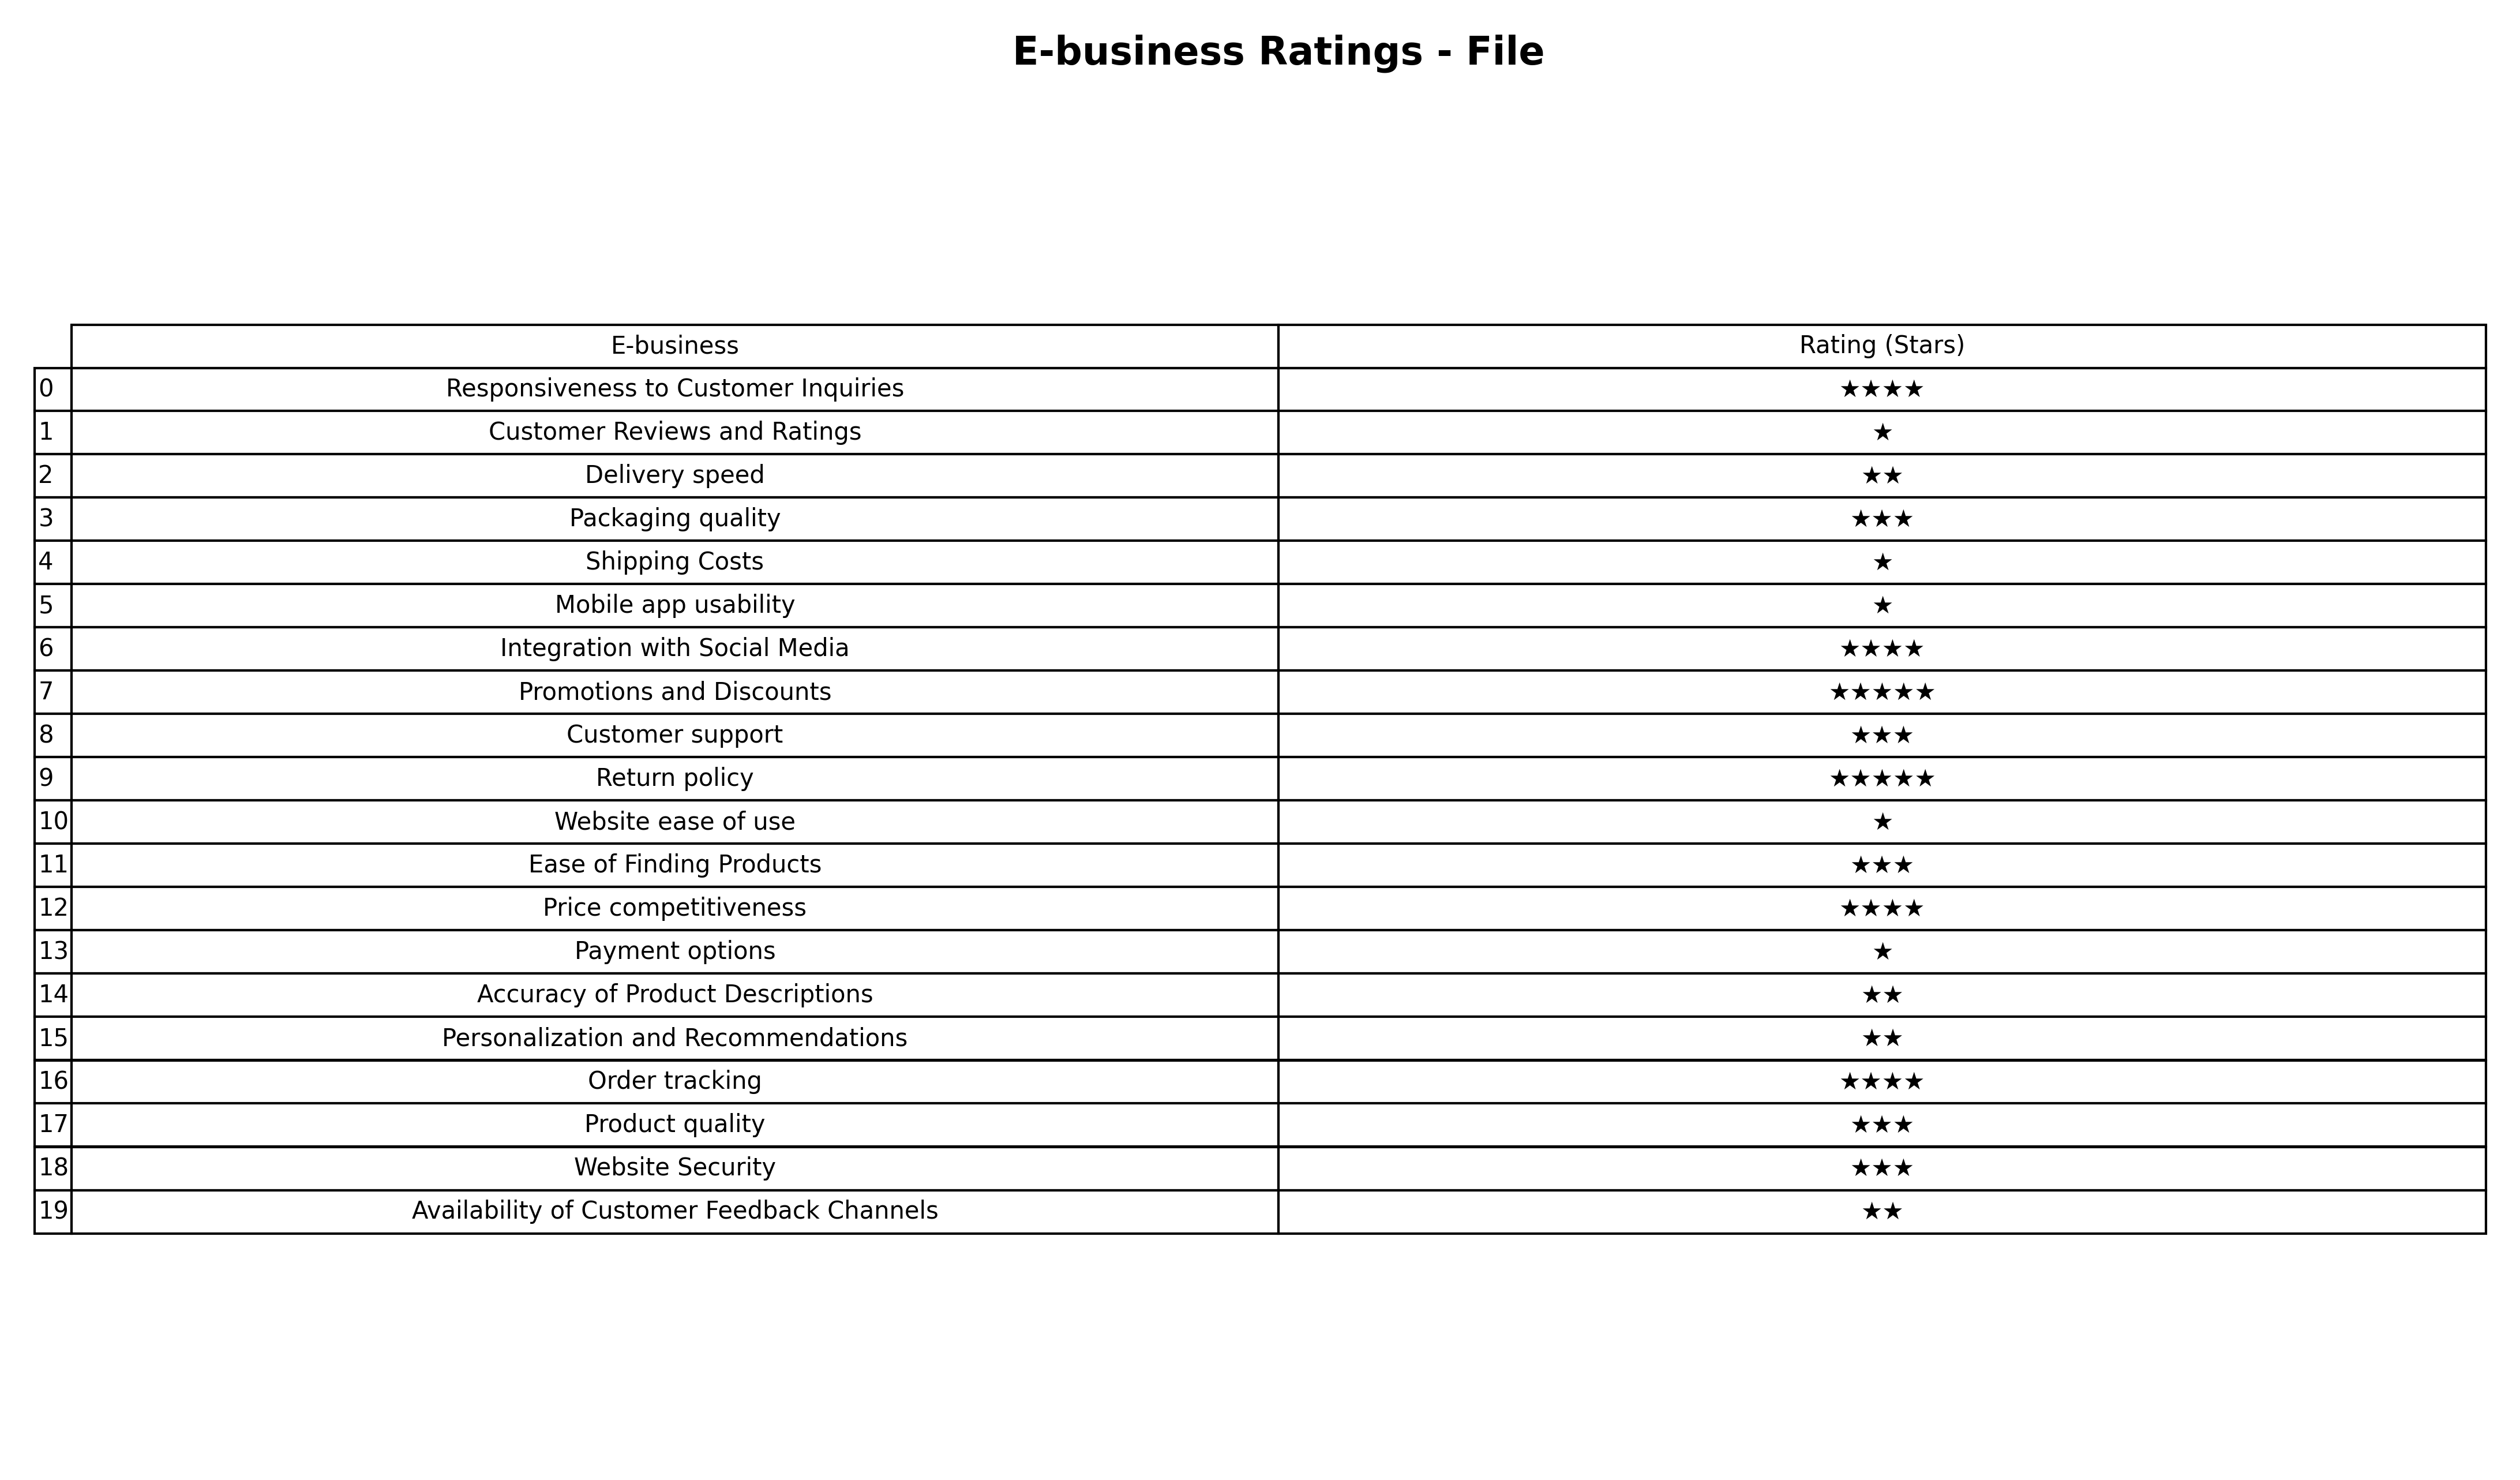
question: What is the rating of Product quality?
answer: ★★★